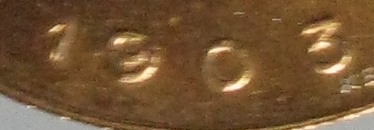
1903